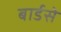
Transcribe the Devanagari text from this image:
बार्डसे